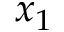
x _ { 1 }